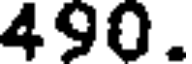
490.